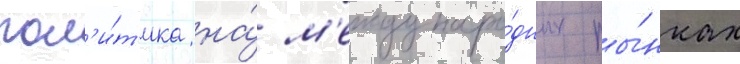
пол'и́т'ика на́ м'еждунаро́дных ры́нках